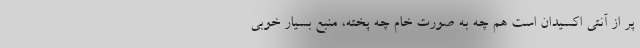
پر از آنتی اکسیدان است هم چه به صورت خام چه پخته، منبع بسیار خوبی